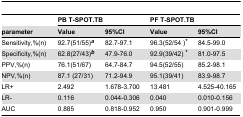
<table><thead><tr><td></td><td colspan="2"><b>PB T-SPOT.TB</b></td><td colspan="2"><b>PF T-SPOT.TB</b></td></tr><tr><td><b>parameter</b></td><td><b>Value</b></td><td><b>95%CI</b></td><td><b>Value</b></td><td><b>95%CI</b></td></tr></thead><tbody><tr><td>Sensitivity,%(n)</td><td>92.7(51/55)<b><sup><i>a</i></sup></b></td><td>82.7-97.1</td><td>96.3(52/54 )<b><sup><i>*</i></sup></b></td><td>84.5-99.0</td></tr><tr><td>Specificity,%(n)</td><td>62.8(27/43)<b><sup><i>b</i></sup></b></td><td>47.9-76.0</td><td>92.9(39/42) <b><sup><i>*</i></sup></b></td><td>81.0-97.5</td></tr><tr><td>PPV,%(n)</td><td>76.1(51/67)</td><td>64.7-84.7</td><td>94.5(52/55)</td><td>85.2-98.1</td></tr><tr><td>NPV,%(n)</td><td>87.1 (27/31)</td><td>71.2-94.9</td><td>95.1(39/41)</td><td>83.9-98.7</td></tr><tr><td>LR+</td><td>2.492</td><td>1.678-3.700</td><td>13.481</td><td>4.525-40.165</td></tr><tr><td>LR-</td><td>0.116</td><td>0.044-0.306</td><td>0.040</td><td>0.010-0.156</td></tr><tr><td>AUC</td><td>0.885</td><td>0.818-0.952</td><td>0.950</td><td>0.901-0.999</td></tr></tbody></table>